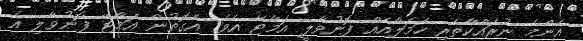
އެންމެ ނުރައްކާތެރި ހަމަލާއެއް ފޮނުވާލީ އަމާޓޭ އެވެ. އެގޮތުން އަމާޓޭ ފޮނުވާލި އެ